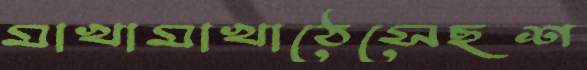
মাখামাখাঠেসেছশ